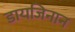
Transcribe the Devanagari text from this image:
डायजिनान